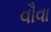
વૌવા